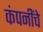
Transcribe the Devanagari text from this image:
कंपनींचे